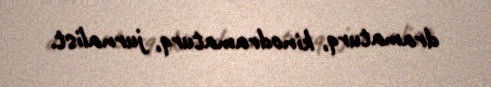
dramaturq, kinodramaturq, jurnalist.